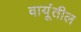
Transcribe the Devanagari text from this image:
वायूंतील